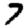
Digit: 7